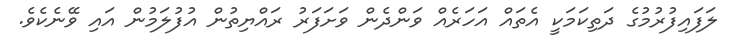
ލަފައިފުރުމުގެ ދަތިކަމަކީ އެތައް އަހަރެއް ވަންދެން ވަށަފަރު ރައްޔިތުން އުފުލަމުން އައި ވޭނެކެވެ.